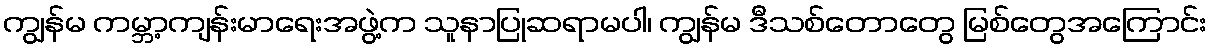
ကျွန်မ ကမ္ဘာ့ကျန်းမာရေးအဖွဲ့က သူနာပြုဆရာမပါ၊ ကျွန်မ ဒီသစ်တောတွေ မြစ်တွေအကြောင်း